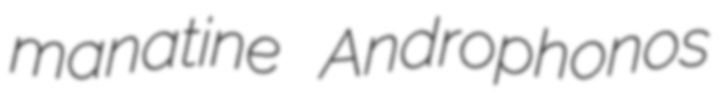
manatine Androphonos